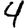
Digit: 4